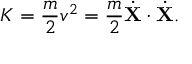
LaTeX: K = { \frac { m } { 2 } } v ^ { 2 } = { \frac { m } { 2 } } { \dot { \mathbf { X } } } \cdot { \dot { \mathbf { X } } } .